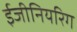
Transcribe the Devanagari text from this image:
ईजीनियरिग